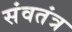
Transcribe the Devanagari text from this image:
संवतंत्र